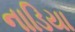
નાડિયા